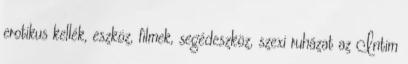
erotikus kellék, eszköz, filmek, segédeszköz, szexi ruházat az Intim